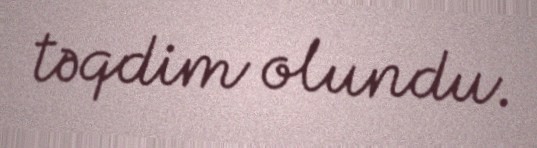
təqdim olundu.